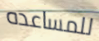
للمساعده